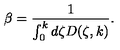
\beta = { \frac { 1 } { \int _ { 0 } ^ { k } d \zeta D ( \zeta , k ) } } .